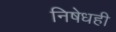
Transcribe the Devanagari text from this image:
निषेधही